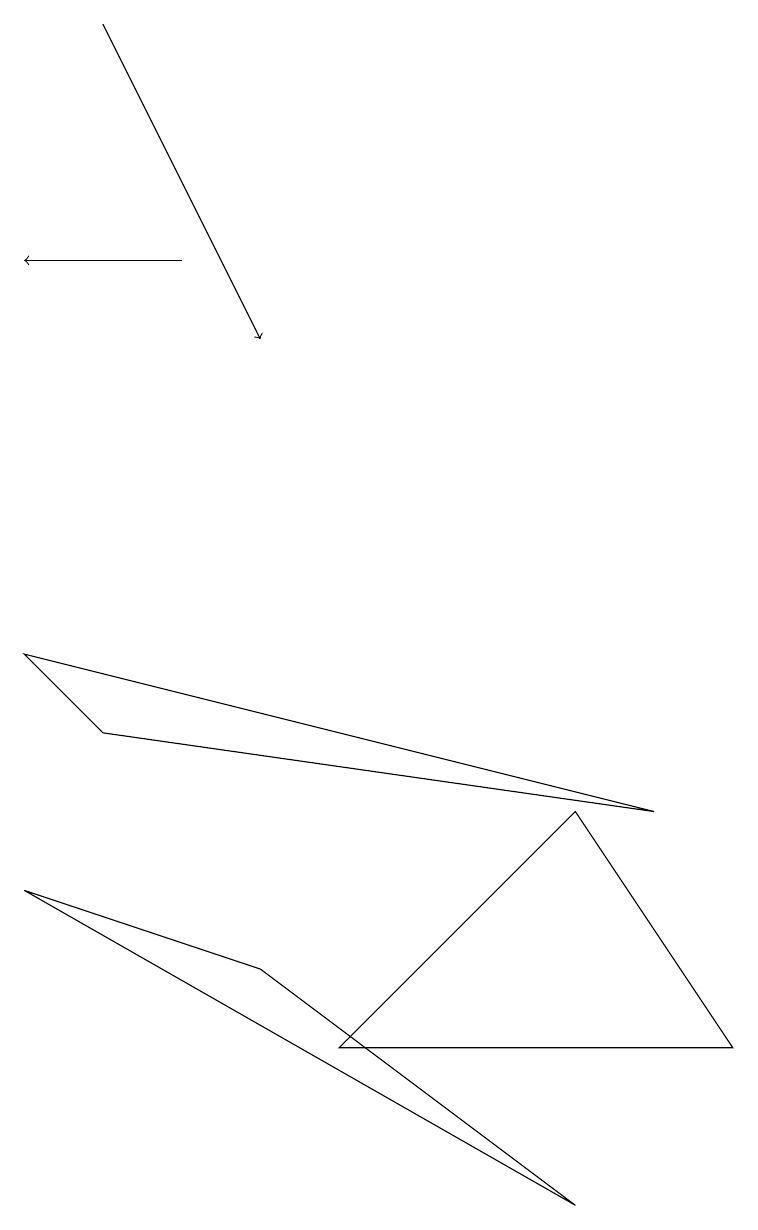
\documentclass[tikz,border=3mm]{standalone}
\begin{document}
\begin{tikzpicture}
\draw[->] (2,12) -- (0,12);
\draw (1,6) -- (8,5) -- (0,7) -- cycle;
\draw (7,0) -- (3,3) -- (0,4) -- cycle;
\draw (9,2) -- (4,2) -- (7,5) -- cycle;
\draw[->] (1,15) -- (3,11);
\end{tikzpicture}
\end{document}